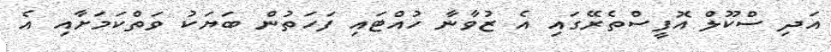
އަދި ސްކޫލް އޮފީސްތެރޭގައި އެ ޒުވާނާ ހުއްޓައި ފަހަތުން ބަޔަކު ވަތްކަމަށާއި އެ